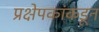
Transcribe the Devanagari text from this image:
प्रक्षेपकांकडून